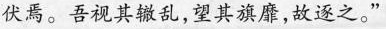
伏焉。吾视其辙乱，望其旗靡，故逐之。”